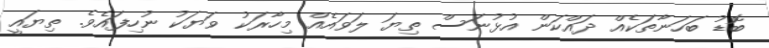
ބޮޑު ބަހަނާތަކެއް ދައްކަން އުޅުނަސް ތިޔަ ލަވައެއް މިހާރަކު ވަޔަކު ނުހިފައެވެ. ތިޔައީ